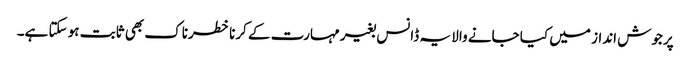
پرجوش انداز میں کیا جانے والا یہ ڈانس بغیر مہارت کے کرنا خطرناک بھی ثابت ہو سکتا ہے۔